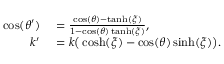
\begin{array} { r l } { \cos ( \theta ^ { \prime } ) } & { { } = \frac { \cos ( \theta ) - \operatorname { t a n h } ( \xi ) } { 1 - \cos ( \theta ) \operatorname { t a n h } ( \xi ) } , } \\ { k ^ { \prime } } & { { } = k \big ( \cosh ( \xi ) - \cos ( \theta ) \sinh ( \xi ) \big ) . } \end{array}